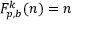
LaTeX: F _ { p , b } ^ { k } ( n ) = n